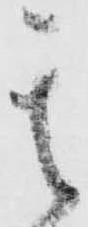
其